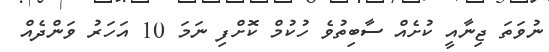
ނުވަތަ ޖިނާއީ ކުށެއް ސާބިތުވެ ހުކުމް ކޮށްފި ނަމަ 10 އަހަރު ވަންދެއް